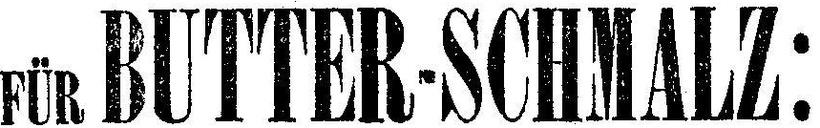
FÜR BUTTER-SCHMALZ: